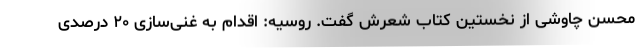
محسن چاوشی از نخستین کتاب شعرش گفت‌. روسیه: اقدام به غنی‌سازی ۲۰ درصدی